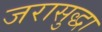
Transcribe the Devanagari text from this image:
जरासुद्धा